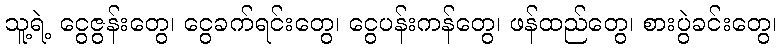
သူ့ရဲ့ ငွေဇွန်းတွေ၊ ငွေခက်ရင်းတွေ၊ ငွေပန်းကန်တွေ၊ ဖန်ထည်တွေ၊ စားပွဲခင်းတွေ၊